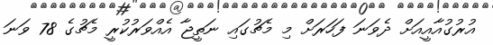
އުރުގުއާއީއަށް ދެވަނަ ފަހަރަށް މި މެޗުގައި ނަތީޖާ އެއްވަރުކުރީ މެޗުގެ 78 ވަނަ